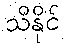
သိနိုင်